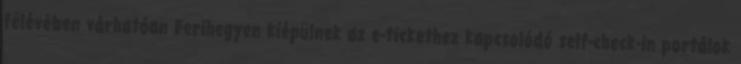
félévében várhatóan Ferihegyen kiépülnek az e-tickethez kapcsolódó self-check-in portálok